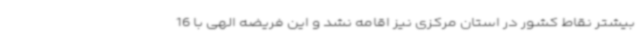
بیشتر نقاط کشور در استان مرکزی نیز اقامه نشد و این فریضه الهی با 16